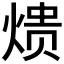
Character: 𮳱